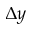
\Delta y